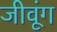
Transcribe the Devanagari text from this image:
जीवूंग